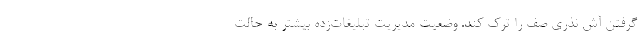
گرفتن آش نذری صف را ترک کند. وضعیت مدیریت تبلیغات‌زده بیشتر به حالت